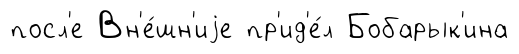
посл'е Вн'е́шн'иjе пр'ид'е́л Бобарык'ина